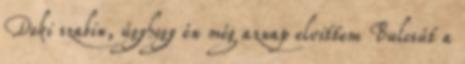
Doki szabin, úgyhogy én még aznap elvittem Bulcsút a